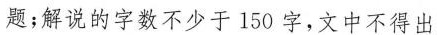
题；解说的字数不少于150字，文中不得出